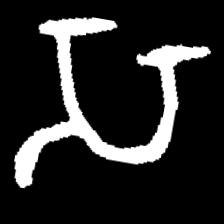
Pyu character \u2014 Myanmar letter: သ (romanized: sa)